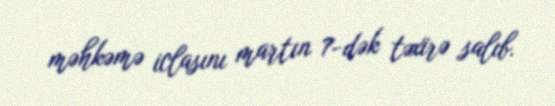
məhkəmə iclasını martın 7-dək təxirə salıb.